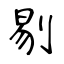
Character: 剔